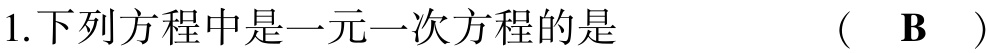
1.下列方程中是一元一次方程的是  （  B  ）